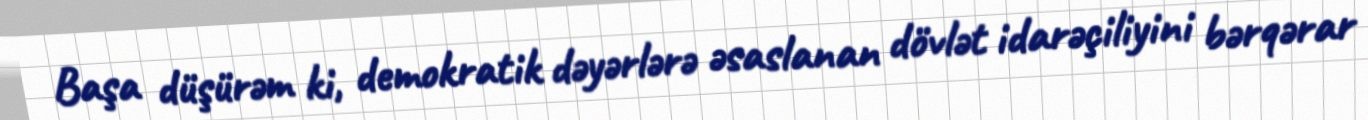
Başa düşürəm ki, demokratik dəyərlərə əsaslanan dövlət idarəçiliyini bərqərar